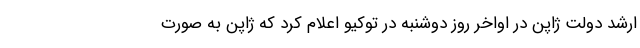
ارشد دولت ژاپن در اواخر روز دوشنبه در توکیو اعلام کرد که ژاپن به صورت